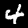
Digit: 4